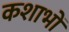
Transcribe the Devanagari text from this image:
कशाभों